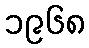
၁၉၆၈